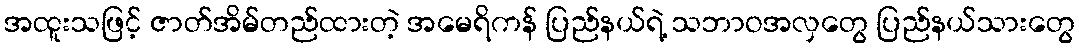
အထူးသဖြင့် ဇာတ်အိမ်တည်ထားတဲ့ အမေရိကန် ပြည်နယ်ရဲ့ သဘာဝအလှတွေ ပြည်နယ်သားတွေ